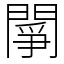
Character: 䦛